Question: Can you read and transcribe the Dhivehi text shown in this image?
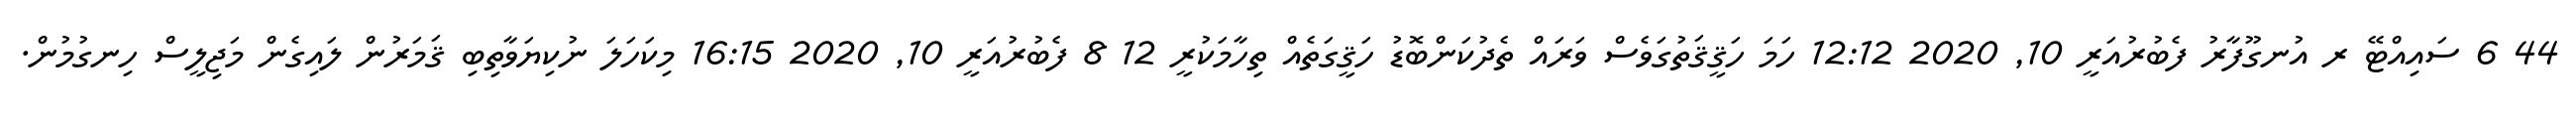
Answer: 44 6 ސައިއްޓޭ ރ އުނގޫފާރު ފެބުރުއަރީ 10, 2020 12:12 ހަމަ ހަޤީޤަތުގަވެސް ވަރައް ތެދުކަންބޮޑު ހަޤީގަތެއް ތިހާމަކުރީ 12 8 ފެބުރުއަރީ 10, 2020 16:15 މިކަހަލަ ނުކިޔަވާތިބި ޤަމަރުން ލައިގެން މަޖިލީސް ހިނގުމުން.